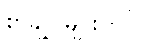
စာချုပ်များတွင်